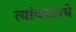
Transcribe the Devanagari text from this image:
त्यांबद्दलचे